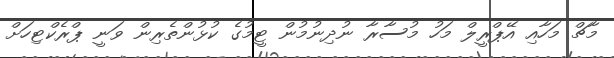
މާޗް މަހާއި އޭޕްރީލް މަހު މުސާރާ ނުދިނުމުން ޓީމުގެ ކުޅުންތެރިން ވަނީ ޕްރެކްޓިހަށް